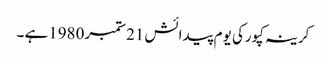
کرینہ کپورکی یوم پیدائش 21ستمبر 1980ہے ۔